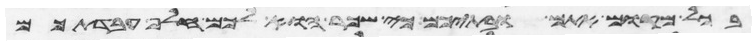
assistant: בכל מקום אתם ובתיכם כי שכר הוא לכם חלף עבדתכם